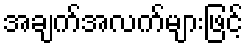
အချက်အလက်များဖြင့်